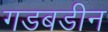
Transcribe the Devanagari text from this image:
गडबडीन